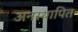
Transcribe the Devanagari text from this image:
अनस्थापित